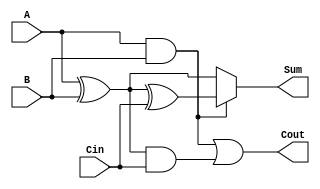
module ConditionalSumFullAdder (
    input wire A,      // 1-bit binary input A
    input wire B,      // 1-bit binary input B
    input wire Cin,    // 1-bit carry input
    output wire Sum,   // 1-bit sum output
    output wire Cout   // 1-bit carry output
);

    // Intermediate signals
    wire S1;          // Sum when Cin is 0
    wire C1;          // Carry when Cin is 0
    wire S2;          // Sum when Cin is 1
    wire C2;          // Carry when Cin is 1

    // Compute S1 and C1 (assuming Cin = 0)
    assign S1 = A ^ B;          // S1 = A XOR B
    assign C1 = A & B;          // C1 = A AND B

    // Compute S2 and C2 (assuming Cin = 1)
    assign S2 = S1 ^ Cin;       // S2 = S1 XOR Cin
    assign C2 = S1 & Cin;       // C2 = S1 AND Cin

    // Final Sum output using multiplexer logic
    assign Sum = C1 ? S2 : S1;  // If C1 is true, use S2; otherwise, use S1

    // Final Cout output
    assign Cout = C1 | C2;      // Cout = C1 OR C2

endmodule